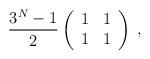
LaTeX: \begin{align*}\frac{3^{N}-1}{2}\left(\begin{array}{cc}1&1\\1&1\end{array}\right)\;,\end{align*}